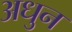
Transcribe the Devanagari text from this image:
अधुन